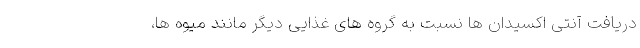
دریافت آنتی اکسیدان ها نسبت به گروه های غذایی دیگر مانند میوه ها،